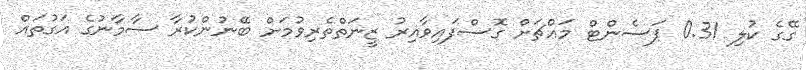
ގޭގެ ކުލި 0.31 ޕަސެންޓް މައްޗަށް ގޮސްފައިވާއިރު ޒީނަތްތެރިވުމަށް ބޭނުންކުރާ ސާމާނުގެ އަގުތައް